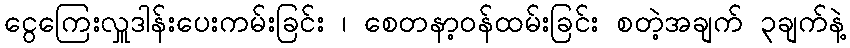
ငွေကြေးလှူဒါန်းပေးကမ်းခြင်း ၊ စေတနာ့ဝန်ထမ်းခြင်း စတဲ့အချက် ၃ချက်နဲ့